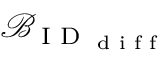
\mathcal { B } _ { \textrm { I D } _ { \textrm { d i f f } } }